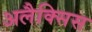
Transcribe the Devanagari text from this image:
अलैक्सिस